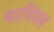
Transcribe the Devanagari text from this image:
बावियन